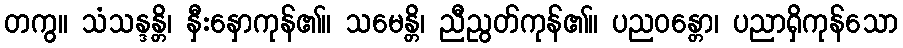
တကွ။ သံသန္ဒန္တိ၊ နှီးနှောကုန်၏။ သမေန္တိ၊ ညီညွတ်ကုန်၏။ ပညဝန္တော၊ ပညာရှိကုန်သော